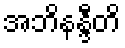
အဘိနန္ဒီတိ